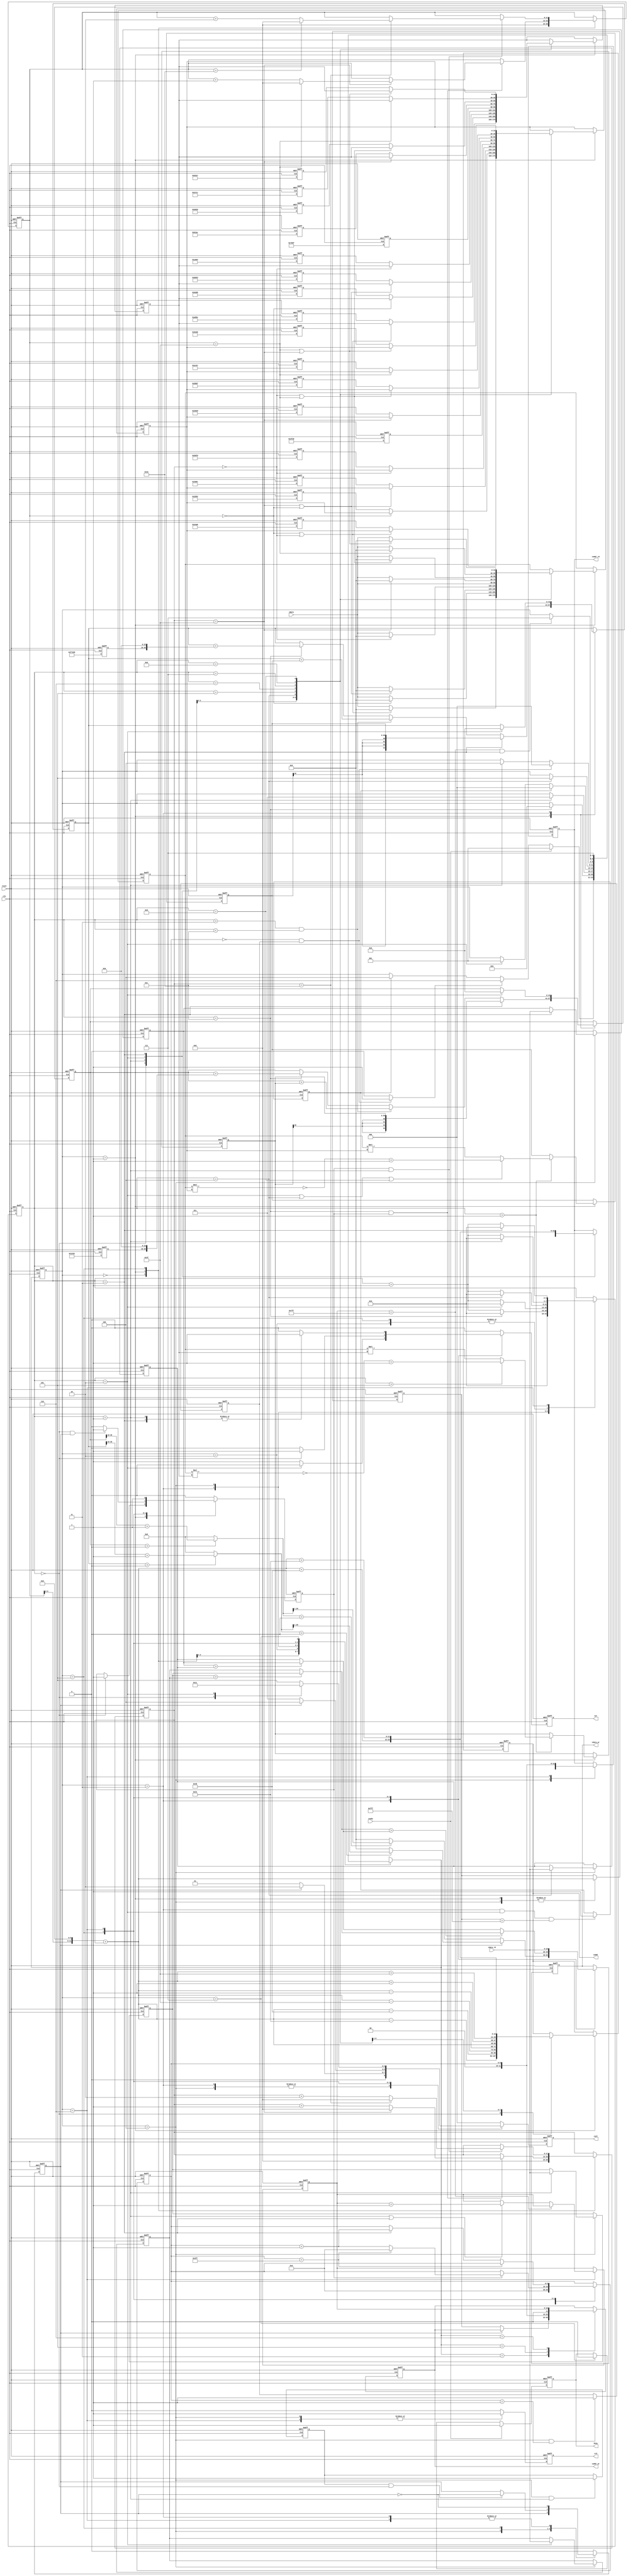
//==================================
//Project: IC Design Contest_2019
//Designer: William
//Version: 2.0
//==================================
module CONV(
       clk,
       reset,
       busy,
       ready,
       iaddr,
       idata,
       cwr,
       caddr_wr,
       cdata_wr,
       crd,
       caddr_rd,
       cdata_rd,
       csel
);
// port
input clk, reset;
input ready;
input signed [19:0] idata;
input [19:0] cdata_rd;
output reg busy;
output reg [11:0] iaddr;
output reg cwr;
output reg [11:0] caddr_wr;
output reg [19:0] cdata_wr;
output reg crd;
output reg [11:0] caddr_rd;
output reg [2:0] csel;
// FSM
reg [2:0] state;
reg [2:0] n_state;
parameter RESET   = 3'b000;
parameter INPUT   = 3'b001;
parameter CONV    = 3'b010;
parameter L0_W    = 3'b011;
parameter MAXPOOL = 3'b100;
parameter L1_W    = 3'b101;
parameter FLAT    = 3'b110;
parameter FINISH  = 3'b111;
//
//reg [12:0] in_cnt;
reg signed [19:0] image [0:8];
reg [11:0] img_addr;
// position
reg [11:0] position_X, position_Y;
wire [11:0] position;
wire [11:0] position_0;
wire [11:0] position_1;
wire [11:0] position_2;
wire [11:0] position_3;
wire [11:0] position_4;
wire [11:0] position_5;
wire [11:0] position_6;
wire [11:0] position_7;
wire [11:0] position_8;
//
reg [3:0] img_cnt;
reg signed [19:0] kernel_0 [0:8];
reg signed [19:0] kernel_1 [0:8];
reg signed [19:0] bias_0;
reg signed [19:0] bias_1;
reg position_en;
wire switch = 0;
// Convolution && Rounding
reg signed [19:0] mul_image;
reg signed [19:0] mul_kernel_0;
reg signed [19:0] mul_kernel_1;
reg signed [39:0] mul_result_0;
reg signed [39:0] mul_result_1;
reg signed [43:0] mul_sum_0;
reg signed [43:0] mul_sum_1;
reg signed [20:0] round_0;
reg signed [20:0] round_1;
// ReLU
reg signed [19:0] relu_0;
reg signed [19:0] relu_1;
// 
reg [11:0] position_buffer;
reg L0_ready;
reg kernel_switch; // select kernel_0 or kernel_1
// Maxpooling
reg [19:0] maxpool_data [3:0];
reg [19:0] big_1, big_2, max;
reg max_read = 0;
reg max_done = 0;
reg [9:0] L1_cnt;
// Flatten
wire L2_flag;
reg [10:0] L2_cnt;

integer i;

// Busy
always @(posedge clk or posedge reset) begin
  if (reset) begin
    busy <= 0;
  end
  else if (ready) begin
    busy <= 1;
  end
  else if (state == FINISH) begin
    busy <= 0;
  end
  else begin
    busy <= busy;
  end
end

// FSM_current state
always@(posedge clk or posedge reset) begin
    if(reset) begin
       state <= 0;
    end
    else begin
       state <= n_state;
    end
end

// FSM_state transition
always@(*) begin
        case(state)
             RESET: begin
                   if(ready) n_state = INPUT;
                   else if(L2_flag) n_state = FLAT;
                   else if(L0_ready) n_state = MAXPOOL;
                   else n_state = state;
             end
             INPUT: begin
                   if(img_cnt == 12) n_state = CONV;
                   else n_state = state;
             end
             CONV: begin
                   if(img_cnt == 1) n_state = L0_W;
                   else n_state = state;
             end
             L0_W: begin
                   if(L0_ready) n_state = RESET;
                   else if(img_cnt == 2) n_state = INPUT;
                   else n_state = state;
             end 
             MAXPOOL: begin
                   if(img_cnt == 4) n_state = L1_W;
                   else n_state = state;
             end
             L1_W : begin
                   if(L1_cnt == 0 && max_done) n_state = RESET;
                   else if(img_cnt == 1) n_state = MAXPOOL;
                   else n_state = state;
             end   
             FLAT: begin
                   if(L2_cnt == 2047 && img_cnt == 3) n_state = FINISH;
                   else n_state = state;
             end   
             FINISH: begin
                   n_state = FINISH;
             end
             default: begin
                   n_state = state;
             end 
        endcase
end

// Enable update position
always @(posedge clk or posedge reset) begin
  if (reset) begin
    position_en <= 0;
  end
  else begin
    case(state)
         RESET: position_en <= 0;
         INPUT: begin
           if(img_cnt == 0) position_en <= 1;
           else position_en <= position_en;
         end
         /*MAXPOOL: begin
           if(img_cnt == 0) position_en <= 0;
           else position_en <= position_en;
         end*/
         L1_W: begin
           if(img_cnt == 0 && kernel_switch) position_en <= 1;
           else position_en <= 0;
         end
         FLAT: position_en <= 1;
         default: position_en <= 0;
    endcase
  end
end

// Image position
always@(posedge clk or posedge reset) begin
      if(reset) begin
       position_X <= 0;
       position_Y <= 0;
      end
      else begin
             case(state)
                  RESET: begin
                    position_X <= 0;
                    position_Y <= 0;
                  end 
                  INPUT: begin
                    if(img_cnt == 12 && position_en) begin
                       if(position_Y == 63) begin
                          position_Y <= 0;
                          if(position_X == 63) position_X <= 0;
                          else position_X <= position_X + 1;  
                       end
                       else begin 
                            position_Y <= position_Y + 1;
                            position_X <= position_X;
                       end
                    end
                    else begin
                       position_X <= position_X;
                       position_Y <= position_Y;
                    end
                  end
                  L1_W: begin
                    if(position_en && img_cnt == 1) begin
                       if(position_Y == 62) begin
                          position_Y <= 0;
                          if(position_X == 62) position_X <= 0;
                          else position_X <= position_X + 2;  
                       end
                       else begin 
                            position_Y <= position_Y + 2;
                            position_X <= position_X;
                       end
                    end
                    else begin
                       position_X <= position_X;
                       position_Y <= position_Y;
                    end
                  end
                  default: begin
                    position_X <= position_X;
                    position_Y <= position_Y;
                  end
           endcase
      end
end

assign position = (position_X <<< 6) + position_Y;

// Construct the 9*9 mask
assign position_0 = position_4 - 65;
assign position_1 = position_4 - 64;
assign position_2 = position_4 - 63;
assign position_3 = position_4 - 1;
assign position_4 = position;
assign position_5 = position_4 + 1;
assign position_6 = position_4 + 63;
assign position_7 = position_4 + 64;
assign position_8 = position_4 + 65;

// Image counter
always @(posedge clk or posedge reset) begin
      if(reset) begin
       img_cnt <= 0;
      end
      else begin
        case(state)
             RESET: img_cnt <= 0;
             INPUT: begin
               if(img_cnt == 12) img_cnt <= 0;
               else img_cnt <= img_cnt + 1;                             
             end
             CONV: begin
               if(img_cnt == 1) img_cnt <= 0;
               else img_cnt <= img_cnt + 1;
             end
             L0_W: begin
               if(img_cnt == 2) img_cnt <= 0;
               else img_cnt <= img_cnt + 1;
             end
             MAXPOOL: begin
               if(img_cnt == 4) img_cnt <= 0;
               else img_cnt <= img_cnt + 1;
             end
             L1_W: begin
               if(img_cnt == 1) img_cnt <= 0;
               else img_cnt <= img_cnt + 1;
             end
             FLAT: begin
               if(img_cnt == 3) img_cnt <= 0;
               else img_cnt <= img_cnt + 1;
             end
             default: begin
               img_cnt <= img_cnt;
             end
        endcase    
      end
end

// Address of the 9*9 mask
always @(posedge clk or posedge reset) begin
      if(reset) begin
       iaddr <= 0;
      end
      else if(state == INPUT) begin
               case(img_cnt)
                    0: iaddr <= position_0;
                    1: iaddr <= position_1;
                    2: iaddr <= position_2;
                    3: iaddr <= position_3;
                    4: iaddr <= position_4;
                    5: iaddr <= position_5;
                    6: iaddr <= position_6;
                    7: iaddr <= position_7;
                    8: iaddr <= position_8;
                    default: iaddr <= iaddr;
               endcase
      end
      else begin
         iaddr <= iaddr;
      end
end

// Read 9 pixels 
always @(posedge clk or posedge reset) begin
  if (reset) begin
    for(i = 0; i < 9; i = i + 1) begin
      image[i] <= 20'd0;
    end
  end
  else begin
    if(state == INPUT)begin
      case(img_cnt)
           1: begin
             if(position_X == 0 || position_Y == 0) image[0] <= 0;
             else image[0] <= idata;
           end
           2: begin
             if(position_X == 0) image[1] <= 0;
             else image[1] <= idata;
           end
           3: begin
             if(position_Y == 63 || position_X == 0) image[2] <= 0;
             else image[2] <= idata;
           end
           4: begin
             if(position_Y == 0) image[3] <= 0;
             else image[3] <= idata;
           end
           5: begin
             image[4] <= idata;
           end
           6: begin 
             if(position_Y == 63) image[5] <= 0;
             else image[5] <= idata;
           end
           7: begin
             if(position_Y == 0 || position_X == 63) image[6] <= 0;
             else image[6] <= idata;
           end
           8: begin
             if(position_X == 63) image[7] <= 0;
             else image[7] <= idata;
           end
           9: begin
             if(position_X == 63 || position_Y == 63) image[8] <= 0;
             else image[8] <= idata;
           end
           default: begin
             for(i = 0; i < 9; i = i + 1) begin
               image[i] <= image[i];
             end
           end
      endcase
    end
    else begin
      for(i = 0; i < 9; i = i + 1) begin
          image[i] <= image[i];
      end
    end
  end
end

// kernel_0 value && bias_0
always @(posedge clk or posedge reset) begin
  if (reset) begin
    for(i = 0; i < 9; i = i + 1) begin
      kernel_0[i] <= 0;
    end
    bias_0 <= 0;  
  end
  else begin
      kernel_0[0] <= 20'h0A89E;
      kernel_0[1] <= 20'h092D5;
      kernel_0[2] <= 20'h06D43;
      kernel_0[3] <= 20'h01004;
      kernel_0[4] <= (~20'hF8F71) + 1;
      kernel_0[5] <= (~20'hF6E54) + 1;
      kernel_0[6] <= (~20'hFA6D7) + 1;
      kernel_0[7] <= (~20'hFC834) + 1;
      kernel_0[8] <= (~20'hFAC19) + 1;
      //
      bias_0 <= 20'h01310;
  end
end

// kernel_1 value && bias_1
always @(posedge clk or posedge reset) begin
  if (reset) begin
    for(i = 0; i < 9; i = i + 1) begin
      kernel_1[i] <= 0;
    end
    bias_1 <= 0;  
  end
  else begin
      kernel_1[0] <= (~20'hFDB55) + 1;
      kernel_1[1] <= 20'h02992;
      kernel_1[2] <= (~20'hFC994) + 1;
      kernel_1[3] <= 20'h050FD;
      kernel_1[4] <= 20'h02F20;
      kernel_1[5] <= 20'h0202D;
      kernel_1[6] <= 20'h03BD7;
      kernel_1[7] <= (~20'hFD369) + 1;
      kernel_1[8] <= 20'h05E68;
      //
      bias_1 <= 20'hF7295;
  end
end

// Convolution 

// mul_image
always @(posedge clk or posedge reset) begin
  if (reset) begin
    mul_image <= 20'd0;
    mul_kernel_0 <= 20'd0;
    mul_kernel_1 <= 20'd0;
  end
  else begin
    if(state == INPUT)begin
      case(img_cnt)
           1: begin
             if(position_X == 0 || position_Y == 0) mul_image <= 0;
             else begin
               mul_image <= idata;
               mul_kernel_0 <= kernel_0[0];
               mul_kernel_1 <= kernel_1[0];
             end
           end
           2: begin
             if(position_X == 0) mul_image <= 0;
             else begin
               mul_image <= idata;
               mul_kernel_0 <= kernel_0[1];
               mul_kernel_1 <= kernel_1[1];
             end
           end
           3: begin
             if(position_Y == 63 || position_X == 0) mul_image <= 0;
             else begin
               mul_image <= idata;
               mul_kernel_0 <= kernel_0[2];
               mul_kernel_1 <= kernel_1[2];
             end
           end
           4: begin
             if(position_Y == 0) mul_image <= 0;
             else begin
               mul_image <= idata;
               mul_kernel_0 <= kernel_0[3];
               mul_kernel_1 <= kernel_1[3];
             end
           end
           5: begin
             mul_image <= idata;
             mul_kernel_0 <= kernel_0[4];
             mul_kernel_1 <= kernel_1[4];
           end
           6: begin 
             if(position_Y == 63) mul_image <= 0;
             else begin
               mul_image <= idata;
               mul_kernel_0 <= kernel_0[5];
               mul_kernel_1 <= kernel_1[5];
             end
           end
           7: begin
             if(position_Y == 0 || position_X == 63) mul_image <= 0;
             else begin
               mul_image <= idata;
               mul_kernel_0 <= kernel_0[6];
               mul_kernel_1 <= kernel_1[6];
             end
           end
           8: begin
             if(position_X == 63) mul_image <= 0;
             else begin
               mul_image <= idata;
               mul_kernel_0 <= kernel_0[7];
               mul_kernel_1 <= kernel_1[7];
             end
           end
           9: begin
             if(position_X == 63 || position_Y == 63) mul_image <= 0;
             else begin
               mul_image <= idata;
               mul_kernel_0 <= kernel_0[8];
               mul_kernel_1 <= kernel_1[8];
             end
           end
           default: begin
             mul_image <= mul_image;
           end
      endcase
    end
    else begin
      mul_image <= mul_image;
    end
  end
end

// mul_conv
always @(posedge clk or posedge reset) begin
  if (reset) begin
    mul_result_0 <= 40'd0;
    mul_result_1 <= 40'd0;
  end
  else begin
    case(state)
        INPUT: begin
          case(state)
              INPUT: begin
                if(img_cnt > 1) begin
                  if(img_cnt > 5) mul_result_0 <= ~(mul_image * mul_kernel_0) + 40'd1;
                  else mul_result_0 <= mul_image * mul_kernel_0;
                  if( (img_cnt == 2) || (img_cnt == 4) || (img_cnt == 9) ) mul_result_1 <= ~(mul_image * mul_kernel_1) + 40'd1;
                  else mul_result_1 <= mul_image * mul_kernel_1;
                end
              end
          endcase
        end
    endcase
  end
end

// mul_sum
always @(posedge clk or posedge reset) begin
  if (reset) begin
    mul_sum_0 <= 44'd0;
    mul_sum_1 <= 44'd0;
  end
  else begin
    case(state)
        INPUT: begin
          if(img_cnt == 3) begin
            mul_sum_0 <= mul_result_0;
            mul_sum_1 <= mul_result_1;
          end
          else if(img_cnt > 3 && (img_cnt < 12)) begin
            mul_sum_0 <= mul_sum_0 + mul_result_0;
            mul_sum_1 <= mul_sum_1 + mul_result_1;
          end
          else if(img_cnt == 12) begin
            mul_sum_0 <= mul_sum_0 + {bias_0, 16'd0};
            mul_sum_1 <= mul_sum_1 + {bias_1, 16'd0};
          end
        end
        L0_W: begin
        if(img_cnt == 2) begin
          mul_sum_0 <= 0;
          mul_sum_1 <= 0;
        end
        end
    endcase
  end
end

// Rounding 
always @(*) begin
  round_0 = (mul_sum_0 > 0) ? mul_sum_0[35:15] + 21'd1 : 0;
  round_1 = (mul_sum_1 > 0) ? mul_sum_1[35:15] + 21'd1 : 0;
end

// ReLU function
always @(*) begin
  if(round_0 > 0) relu_0 = round_0[20:1];
  else relu_0 = 0;
  if(round_1 > 0) relu_1 = round_1[20:1];
  else relu_1 = 0;
end

// Kernel selection signal
always @(posedge clk or posedge reset) begin
  if (reset) begin
    kernel_switch <= 0;
  end
  else begin
    case(state)
         L0_W: kernel_switch <= ~kernel_switch;
         MAXPOOL: begin
           /*if(max_read && img_cnt == 0) kernel_switch <= ~kernel_switch;
           else kernel_switch <= kernel_switch;*/
           kernel_switch <= kernel_switch;
         end 
         L1_W: begin
           if(max_read && img_cnt == 0) kernel_switch <= ~kernel_switch;
           else kernel_switch <= kernel_switch;
         end
         FLAT: kernel_switch <= ~kernel_switch;
         default: kernel_switch <= 0;
    endcase
  end 
end

// Memory address by one delay
always @(posedge clk or posedge reset) begin
  if (reset) begin
    position_buffer <= 0;
  end
  else begin
    case(state)
         INPUT: position_buffer <= position;
         MAXPOOL: position_buffer <= position;
         default: position_buffer <= position_buffer;
    endcase
  end
end

// Ready for layer_0 memory
always @(posedge clk or posedge reset) begin
  if (reset) begin
    L0_ready <= 0;
  end
  else if (state == L0_W && img_cnt == 2 && position_buffer == 4095) begin
    L0_ready <= 1;
  end
  else begin
    L0_ready <= L0_ready;
  end
end

//==================================//
//             MEMORY               //
//==================================//

// Memory selection 
always @(posedge clk or posedge reset) begin
  if (reset) begin
    csel <= 3'b000;
  end
  else begin
    case(state)
         L0_W: begin
           if(!kernel_switch) csel <= 3'b001;
           else csel <= 3'b010;
         end
         MAXPOOL: begin
           if(!kernel_switch) csel <= 3'b001;
           else csel <= 3'b010;
         end
         L1_W: begin
           if(!kernel_switch) csel <= 3'b011;
           else csel <= 3'b100;
         end
         FLAT: begin
           case(img_cnt)
                0: csel <= 3'b011;
                2: csel <= 3'b100;
                default: csel <= 3'b101;
           endcase
         end
         default: begin
           csel <= 3'b000;
         end
    endcase
  end
end

// WRITE MODE
// Write enable
always @(posedge clk or posedge reset) begin
  if (reset) begin
    cwr <= 0;
  end
  else begin
    case(state)
         L0_W:begin
           if(img_cnt == 2) cwr <= 0;
           else cwr <= 1;
         end
         L1_W: begin
           if(img_cnt == 0) cwr <= 1;
           else cwr <= 0;
         end
         FLAT: begin
           case(img_cnt)
                1: cwr <= 1;
                3: cwr <= 3;
                default: cwr <= 0;
           endcase
         end
         default:begin
           cwr <= 0;
         end
    endcase
  end
end

// Write-in address
always @(posedge clk or posedge reset) begin
  if (reset) begin
    caddr_wr <= 0;
  end
  else begin
    case(n_state)
         L0_W: begin
           if(!kernel_switch) caddr_wr <= position_buffer;
           else caddr_wr <= caddr_wr;
         end
         /*MAXPOOL: begin
           if() begin
             if(img_cnt == 0 || img_cnt == 2) caddr_wr <= position_buffer >> 1;
             else caddr_wr <= caddr_wr;
           end
           else begin
             caddr_wr <= caddr_wr;
           end
         end*/
         L1_W: begin
           caddr_wr <= L1_cnt;
         end
         FLAT: begin
           caddr_wr <= L2_cnt;
         end
         default:begin
           caddr_wr <= caddr_wr;
         end
    endcase
  end
end

// Write-in data
always @(posedge clk or posedge reset) begin
  if (reset) begin
    cdata_wr <= 0;
  end
  else begin
    case(state)
         L0_W: begin
           if(!kernel_switch) cdata_wr <= relu_0;
           else cdata_wr <= relu_1;
         end
         /*MAXPOOL: begin
           if(img_cnt == 4) cdata_wr <= max;
           else cdata_wr <= cdata_wr;
         end*/
         L1_W: begin
           cdata_wr <= max;
         end
         FLAT: begin
           cdata_wr <= cdata_rd;
         end
         default: begin
           cdata_wr <= cdata_wr;
         end
    endcase
  end
end

// READ MODE
// Read enable
always @(posedge clk or posedge reset) begin
  if (reset) begin
    crd <= 0;
  end
  else begin
    case(state)
         MAXPOOL: begin
           crd <= 1;
         end
         FLAT: begin
           crd <= 1;
         end
         default: begin
           crd <= 0;
         end
    endcase
  end
end

// Read address
always @(posedge clk or posedge reset) begin
  if (reset) begin
    caddr_rd <= 0;
  end
  else begin
    case(state)
         MAXPOOL: begin
           case(img_cnt)
                 0: begin
                   caddr_rd <= position;
                 end 
                 1: begin
                   caddr_rd <= position + 1;
                 end 
                 2: begin
                   caddr_rd <= position + 64;
                 end 
                 3: begin
                   caddr_rd <= position + 65;
                 end 
                 default: begin
                   caddr_rd <= caddr_rd;
                 end 
           endcase 
         end
         FLAT: caddr_rd <= L1_cnt;
         default: begin
           caddr_rd <= caddr_rd;
         end
    endcase
  end
end

//==================================

// Read four pixels for maxpooling
always @(posedge clk or posedge reset) begin
  if (reset) begin
    for(i = 0; i < 4; i = i + 1) begin
      maxpool_data[i] <= 0;
    end  
  end
  else begin
    case(state)
         MAXPOOL: begin
           case(img_cnt)
                1: begin
                  maxpool_data[0] <= cdata_rd;
                end
                2: begin
                  maxpool_data[1] <= cdata_rd;
                end
                3: begin
                  maxpool_data[2] <= cdata_rd;
                end
                4: begin
                  maxpool_data[3] <= cdata_rd;
                end
                default: begin
                  for(i = 0; i < 4; i = i + 1) begin
                    maxpool_data[i] <= maxpool_data[i];
                  end 
                end
           endcase
         end
         default: begin
           for(i = 0; i < 4; i = i + 1) begin
             maxpool_data[i] <= maxpool_data[i];
           end
         end
    endcase
  end
end

// Maxpooling ready for input data
always @(posedge clk or posedge reset) begin
  if(reset) begin
    max_read <= 0;
  end
  else begin
    if(state == MAXPOOL && img_cnt == 1) max_read <= 1;
    else max_read <= max_read;
  end
end

//Find max pixel
always @(*) begin
    big_1 = (maxpool_data[0] > maxpool_data[1]) ? maxpool_data[0] : maxpool_data[1];
    big_2 = (maxpool_data[2] > maxpool_data[3]) ? maxpool_data[2] : maxpool_data[3];
    max = (big_1 > big_2) ? big_1 : big_2;
end

// Flag for the last result of maxpooling
always @(posedge clk or posedge reset) begin
  if(reset) begin
    max_done <= 0;
  end
  else begin
    if(state == MAXPOOL && L1_cnt == 1) max_done <= 1;
    else max_done <= max_done;
  end 
end

// Address of layer1 result
always @(posedge clk or posedge reset) begin
  if (reset) begin
    L1_cnt <= 0;
  end
  else begin
    case(state)
         RESET: begin
           L1_cnt <= 0;
         end
         L1_W: begin
           if(position_en) begin
           //if(img_cnt == 0 && kernel_switch) begin
             if(L1_cnt == 1023) L1_cnt <= 0;
             else L1_cnt <= L1_cnt + 1;
           end
           else begin
             L1_cnt <= L1_cnt;
           end
         end
         FLAT: begin 
           if(L1_cnt == 1023) L1_cnt <= L1_cnt;
           else if(img_cnt == 3) L1_cnt <= L1_cnt + 1;
         end
         default: begin
           L1_cnt <= L1_cnt;
         end
    endcase
  end
end

assign L2_flag = (L1_cnt == 0 && max_done) ? 1 : 0;

always @(posedge clk or posedge reset) begin
  if (reset) begin
    L2_cnt <= 0;    
  end
  else begin
    case(state)
         FLAT: begin
           if(L2_cnt == 2047) L2_cnt <= L2_cnt; 
           else if(img_cnt == 1 || img_cnt == 3) L2_cnt <= L2_cnt + 1;
           else L2_cnt <= L2_cnt;
         end
         default: begin
           L2_cnt <= L2_cnt;
         end
    endcase
  end
end

endmodule